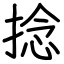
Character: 捻